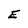
Character: E